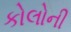
કોલોની